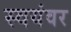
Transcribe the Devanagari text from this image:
स्‍वयंवर